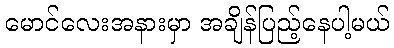
မောင်လေးအနားမှာ အချိန်ပြည့်နေပါ့မယ်